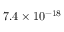
7 . 4 \times 1 0 ^ { - 1 8 }